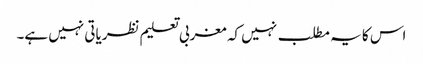
اس کا یہ مطلب نہیں کہ مغربی تعلیم نظریاتی نہیں ہے۔